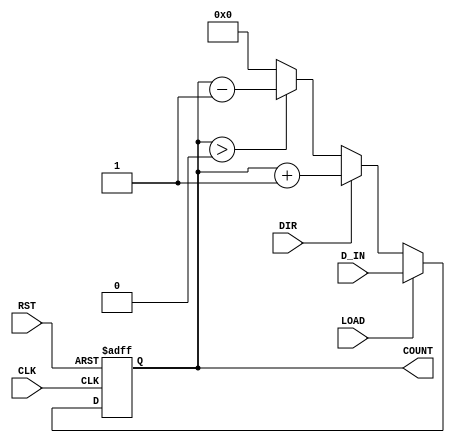
module up_down_counter #(
    parameter N = 8 // Parameter for the width of the counter (n-bit)
)(
    input wire CLK,       // Clock signal
    input wire RST,       // Reset signal (active high)
    input wire DIR,       // Direction control (1 = up, 0 = down)
    input wire LOAD,      // Load signal (active high)
    input wire [N-1:0] D_IN, // Data input for loading
    output reg [N-1:0] COUNT // Counter output
);

// Always block triggered on the rising edge of the clock
always @(posedge CLK or posedge RST) begin
    if (RST) begin
        // Reset the counter to zero
        COUNT <= {N{1'b0}};
    end else if (LOAD) begin
        // Load the counter with the value from D_IN
        COUNT <= D_IN;
    end else begin
        // Count up or down based on DIR
        if (DIR) begin
            // Count up
            COUNT <= COUNT + 1;
        end else begin
            // Count down, prevent underflow
            if (COUNT > 0) begin
                COUNT <= COUNT - 1;
            end else begin
                COUNT <= {N{1'b0}}; // Reset to zero when underflow occurs
            end
        end
    end
end

endmodule